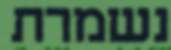
נשמרת